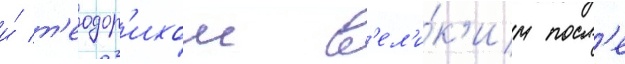
и́ т'еодор'ихом в'ел'и́к'им посл'е